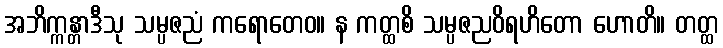
အဘိက္ကန္တာဒီသု သမ္ပဇညံ ကရောတေဝ။ န ကတ္ထစိ သမ္ပဇညဝိရဟိတော ဟောတိ။ တတ္ထ